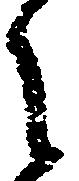
之